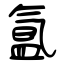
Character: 氲